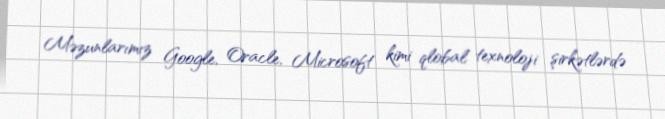
Məzunlarımız Google, Oracle, Microsoft kimi qlobal texnoloji şirkətlərdə